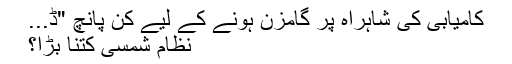
کامیابی کی شاہراہ پر گامزن ہونے کے لیے کن پانچ "ڈ...
نظامِ شمسی کتنا بڑا؟